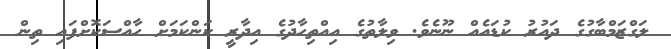
ލަގްޒަމްބާގުގެ ދައުރު ކުޑައެއް ނޫނެވެ. ވިލާތުގެ އިއްތިހާދުގެ އިދާރީ ކަންކަމަށް ހާއްސަކޮށްފައި ތިން